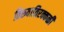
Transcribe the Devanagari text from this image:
तिरुवातिरक्कळी